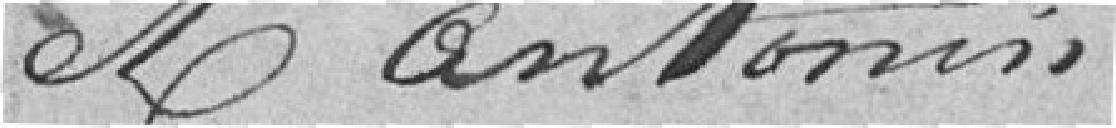
et Antonin